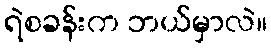
ရဲစခန်းက ဘယ်မှာလဲ။